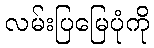
လမ်းပြမြေပုံကို